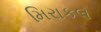
મિરાકલ